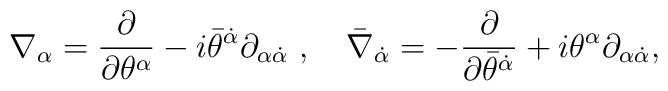
\nabla_\alpha=\frac{\partial }{\partial \theta^\alpha}-i\bar \theta^{\dot{\alpha}}\partial _{\alpha{\dot{\alpha}}}\ ,\quad\bar \nabla_{\dot{\alpha}}=-\frac{\partial }{\partial \bar \theta^{\dot{\alpha}}}+i\theta^\alpha\partial _{\alpha{\dot{\alpha}}},